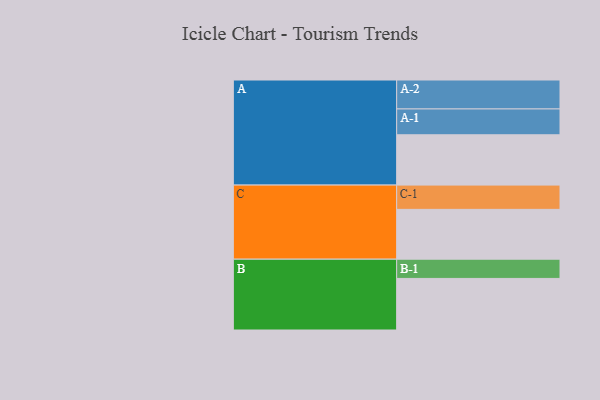
{"axis": {"x": "Segment", "y": "Value"}, "legend": ["", "A", "B", "C"], "data": [{"x": "A", "y": 518, "type": ""}, {"x": "B", "y": 531, "type": ""}, {"x": "C", "y": 513, "type": ""}, {"x": "A-1", "y": 266, "type": "A"}, {"x": "A-2", "y": 298, "type": "A"}, {"x": "B-1", "y": 198, "type": "B"}, {"x": "C-1", "y": 250, "type": "C"}]}